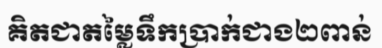
គិតជាតម្លៃទឹកប្រាក់ជាង២ពាន់